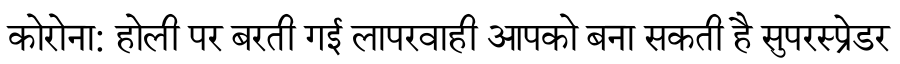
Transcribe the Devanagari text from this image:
कोरोना: होली पर बरती गई लापरवाही आपको बना सकती है सुपरस्प्रेडर